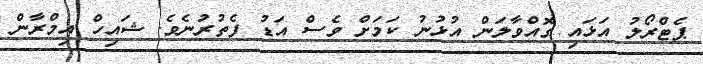
ޕެޓްރޯލު އަޅައި ގޮއްވާލަން އުޅުނު ކަމަށް ވެސް އަޑު ފެތުރުނެވެ. ޝައިހް އިމްރާން